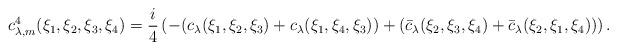
LaTeX: \begin{align*}\begin{aligned}c^4_{\lambda,m}(\xi_1,\xi_2,\xi_3,\xi_4) = \frac{i}4 \left( - (c_{\lambda}(\xi_1,\xi_2,\xi_3) + c_{\lambda}(\xi_1,\xi_4,\xi_3))+ (\bar c_{\lambda}(\xi_2,\xi_3,\xi_4)+ \bar c_{\lambda}(\xi_2,\xi_1,\xi_4)) \right).\end{aligned}\end{align*}